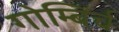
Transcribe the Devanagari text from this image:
गोम्बिर्च